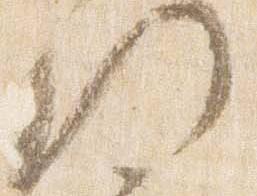
門